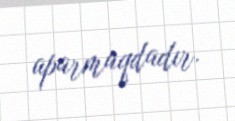
aparmaqdadır.